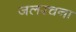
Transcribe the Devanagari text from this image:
जलरचना